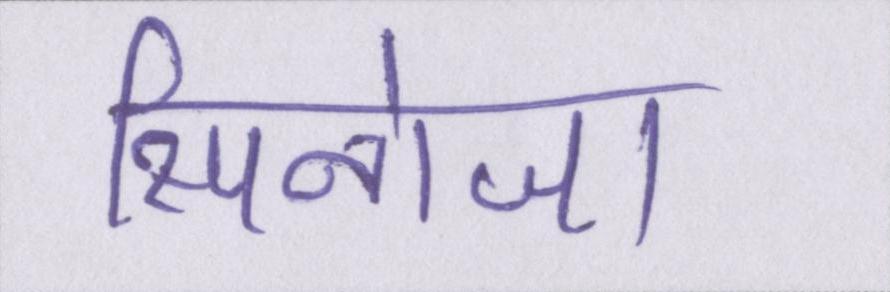
स्पिनोजा